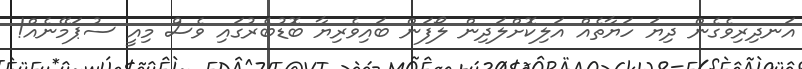
އަނދިރިވެގެން ދިޔަ ހަޔާތެއް އަލިކޮށްލަދިން ލޯފަން ބައިވެރިޔާ ބޮޑުބެރުގައި ވެސް މިއީ ސުޕަމޭނެއް!